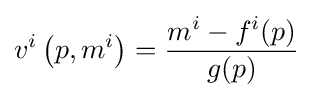
v^{i}\left(p,m^{i}\right)={\frac {m^{i}-f^{i}(p)}{g(p)}}